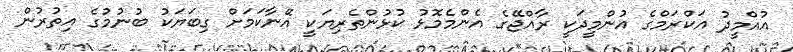
އުއްމީދު އަކްރަމްގެ އުންމީދަކީ ރާއްޖޭގެ އެންމެމޮޅު ކުޅުންތެރިޔަކީ އޭނާކަމަށް ގިބަޔަކު ބުނުމުގެ އިތުރުން